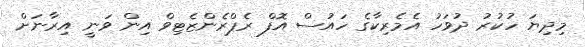
މިދިޔަ ހުކުރު ދުވަހު އެމެރިކާގެ ހައުސް އޮފް ރެޕްރެންޒެޓިވް އިން ވަނީ އިރާނަށް